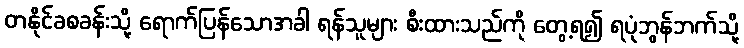
တနိုင်ခစခန်းသို့ ရောက်ပြန်သောအခါ ရန်သူများ စီးထားသည်ကို တွေ့ရ၍ ရပုံဘွန်ဘက်သို့